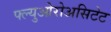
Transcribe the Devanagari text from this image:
फ्ल्युओरोअसिटेट